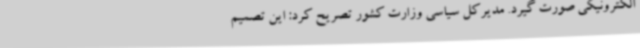
الکترونیکی صورت گیرد. مدیرکل سیاسی وزارت کشور تصریح کرد: این تصمیم